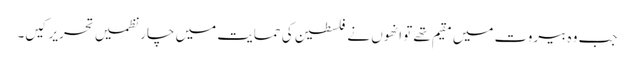
جب وہ بیروت میں مقیم تھے تو انھوں نے فلسطین کی حمایت میں چار نظمیں تحریر کیں۔